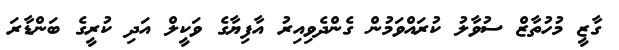
ގާޒީ މުހުތާޒް ސުވާލު ކުރައްވަމުން ގެންދެވިއިރު އާފިޔާގެ ވަކީލް އަދި ކުރީގެ ބަންޑާރަ